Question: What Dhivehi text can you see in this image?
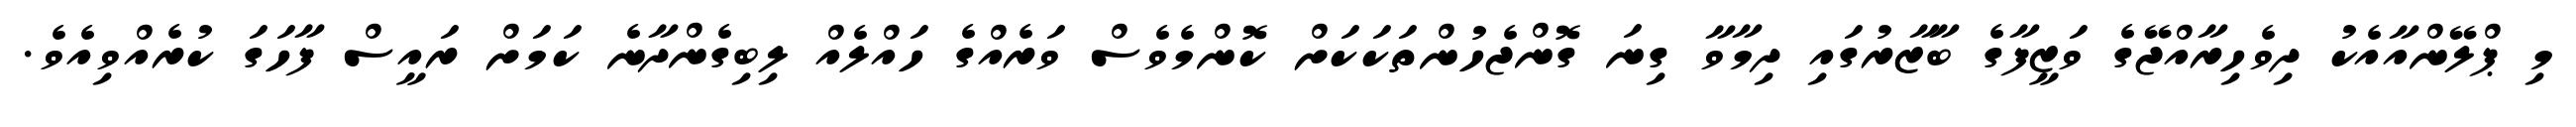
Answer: މި ޕްލޭންއާއެކު ދިވެހިރާއްޖޭގެ ވަޒީފާގެ ބާޒާރުގައި ދިމާވާ ގިނަ ގޮންޖެހުންތަކަކަށް ކޮންމެވެސް ވަރެއްގެ ހައްލެއް ލިބިގެންދާނެ ކަމަށް ރައީސް ފާހަގަ ކުރެއްވިއެވެ.